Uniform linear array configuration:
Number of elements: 16
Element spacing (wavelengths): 0.25
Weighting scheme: exponential
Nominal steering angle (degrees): -45
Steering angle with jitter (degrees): -43.243
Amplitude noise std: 0.05
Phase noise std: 0.05

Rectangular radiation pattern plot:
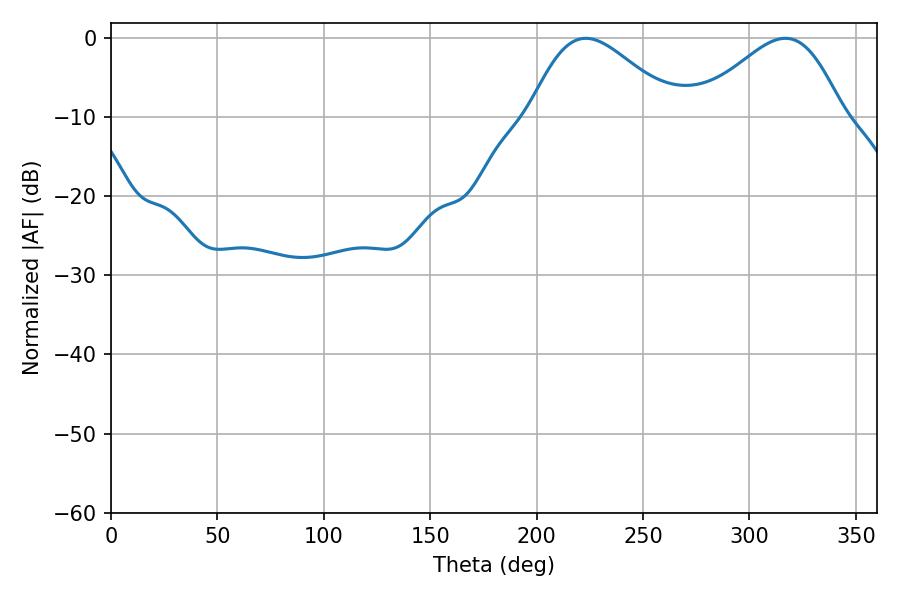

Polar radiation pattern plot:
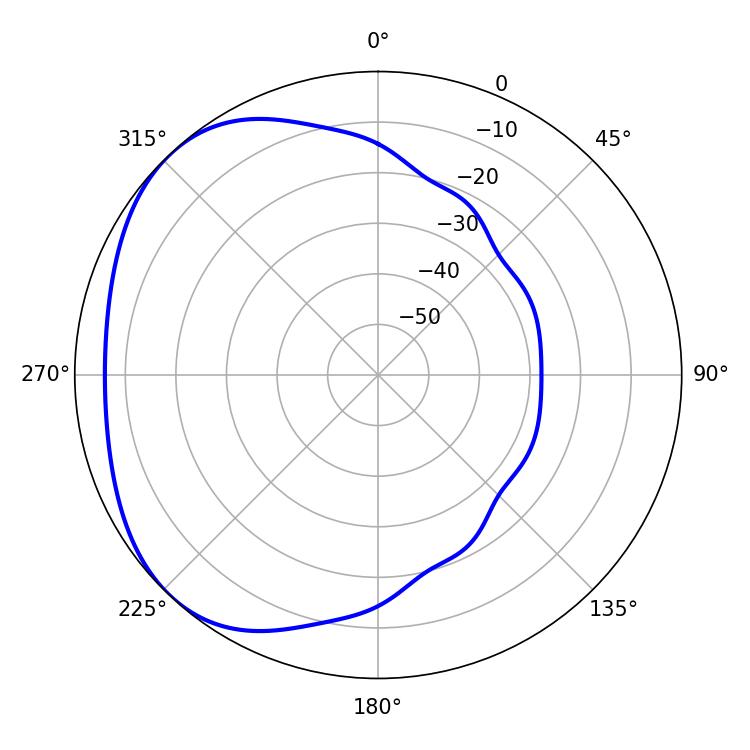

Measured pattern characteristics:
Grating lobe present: FALSE
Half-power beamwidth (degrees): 36.36
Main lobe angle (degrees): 223.02